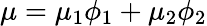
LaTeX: \mu=\mu_{1}\phi_{1}+\mu_{2}\phi_{2}